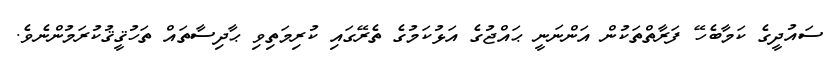
ސައުދީގެ ކަމާބެހޭ ފަރާތްތަކުން އަންނަނީ ޙައްޖުގެ އަޅުކަމުގެ ތެރޭގައި ކުރިމަތިވި ޙާދިސާތައް ތަހުޤީޤުކުރަމުންނެވެ.